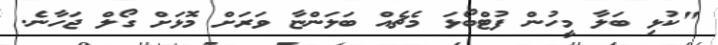
"ކުޅި ބަލާ މީހުން ފުޓްބޯޅަ މެޗެއް ބަލަންޏާ ވަރަށް މޮޅަށް ގޯލް ޖަހާނެ.